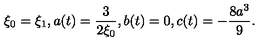
\xi _ { 0 } = \xi _ { 1 } , a ( t ) = \frac { 3 } { 2 \xi _ { 0 } } , b ( t ) = 0 , c ( t ) = - \frac { 8 a ^ { 3 } } { 9 } .